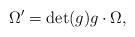
LaTeX: \begin{align*}\Omega'=\mathrm{det}(g) g \cdot \Omega,\end{align*}